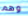
وهم